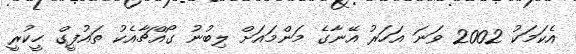
އެކަމަކު 2002 ވަނަ އަހަރު އޭނާގެ މަންމައަށް ލިބުނު ގޯއްޗާއެކު ތައުފީގް ހީކުރީ